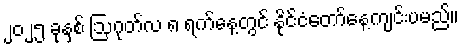
၂၀၂၅ ခုနှစ် ဩဂုတ်လ ၈ ရက်နေ့တွင် နိုင်ငံတော်နေ့ကျင်းပမည်။